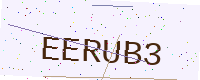
Text: EERUB3